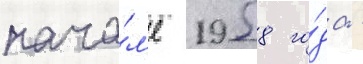
нача́л'е 1958 го́да -